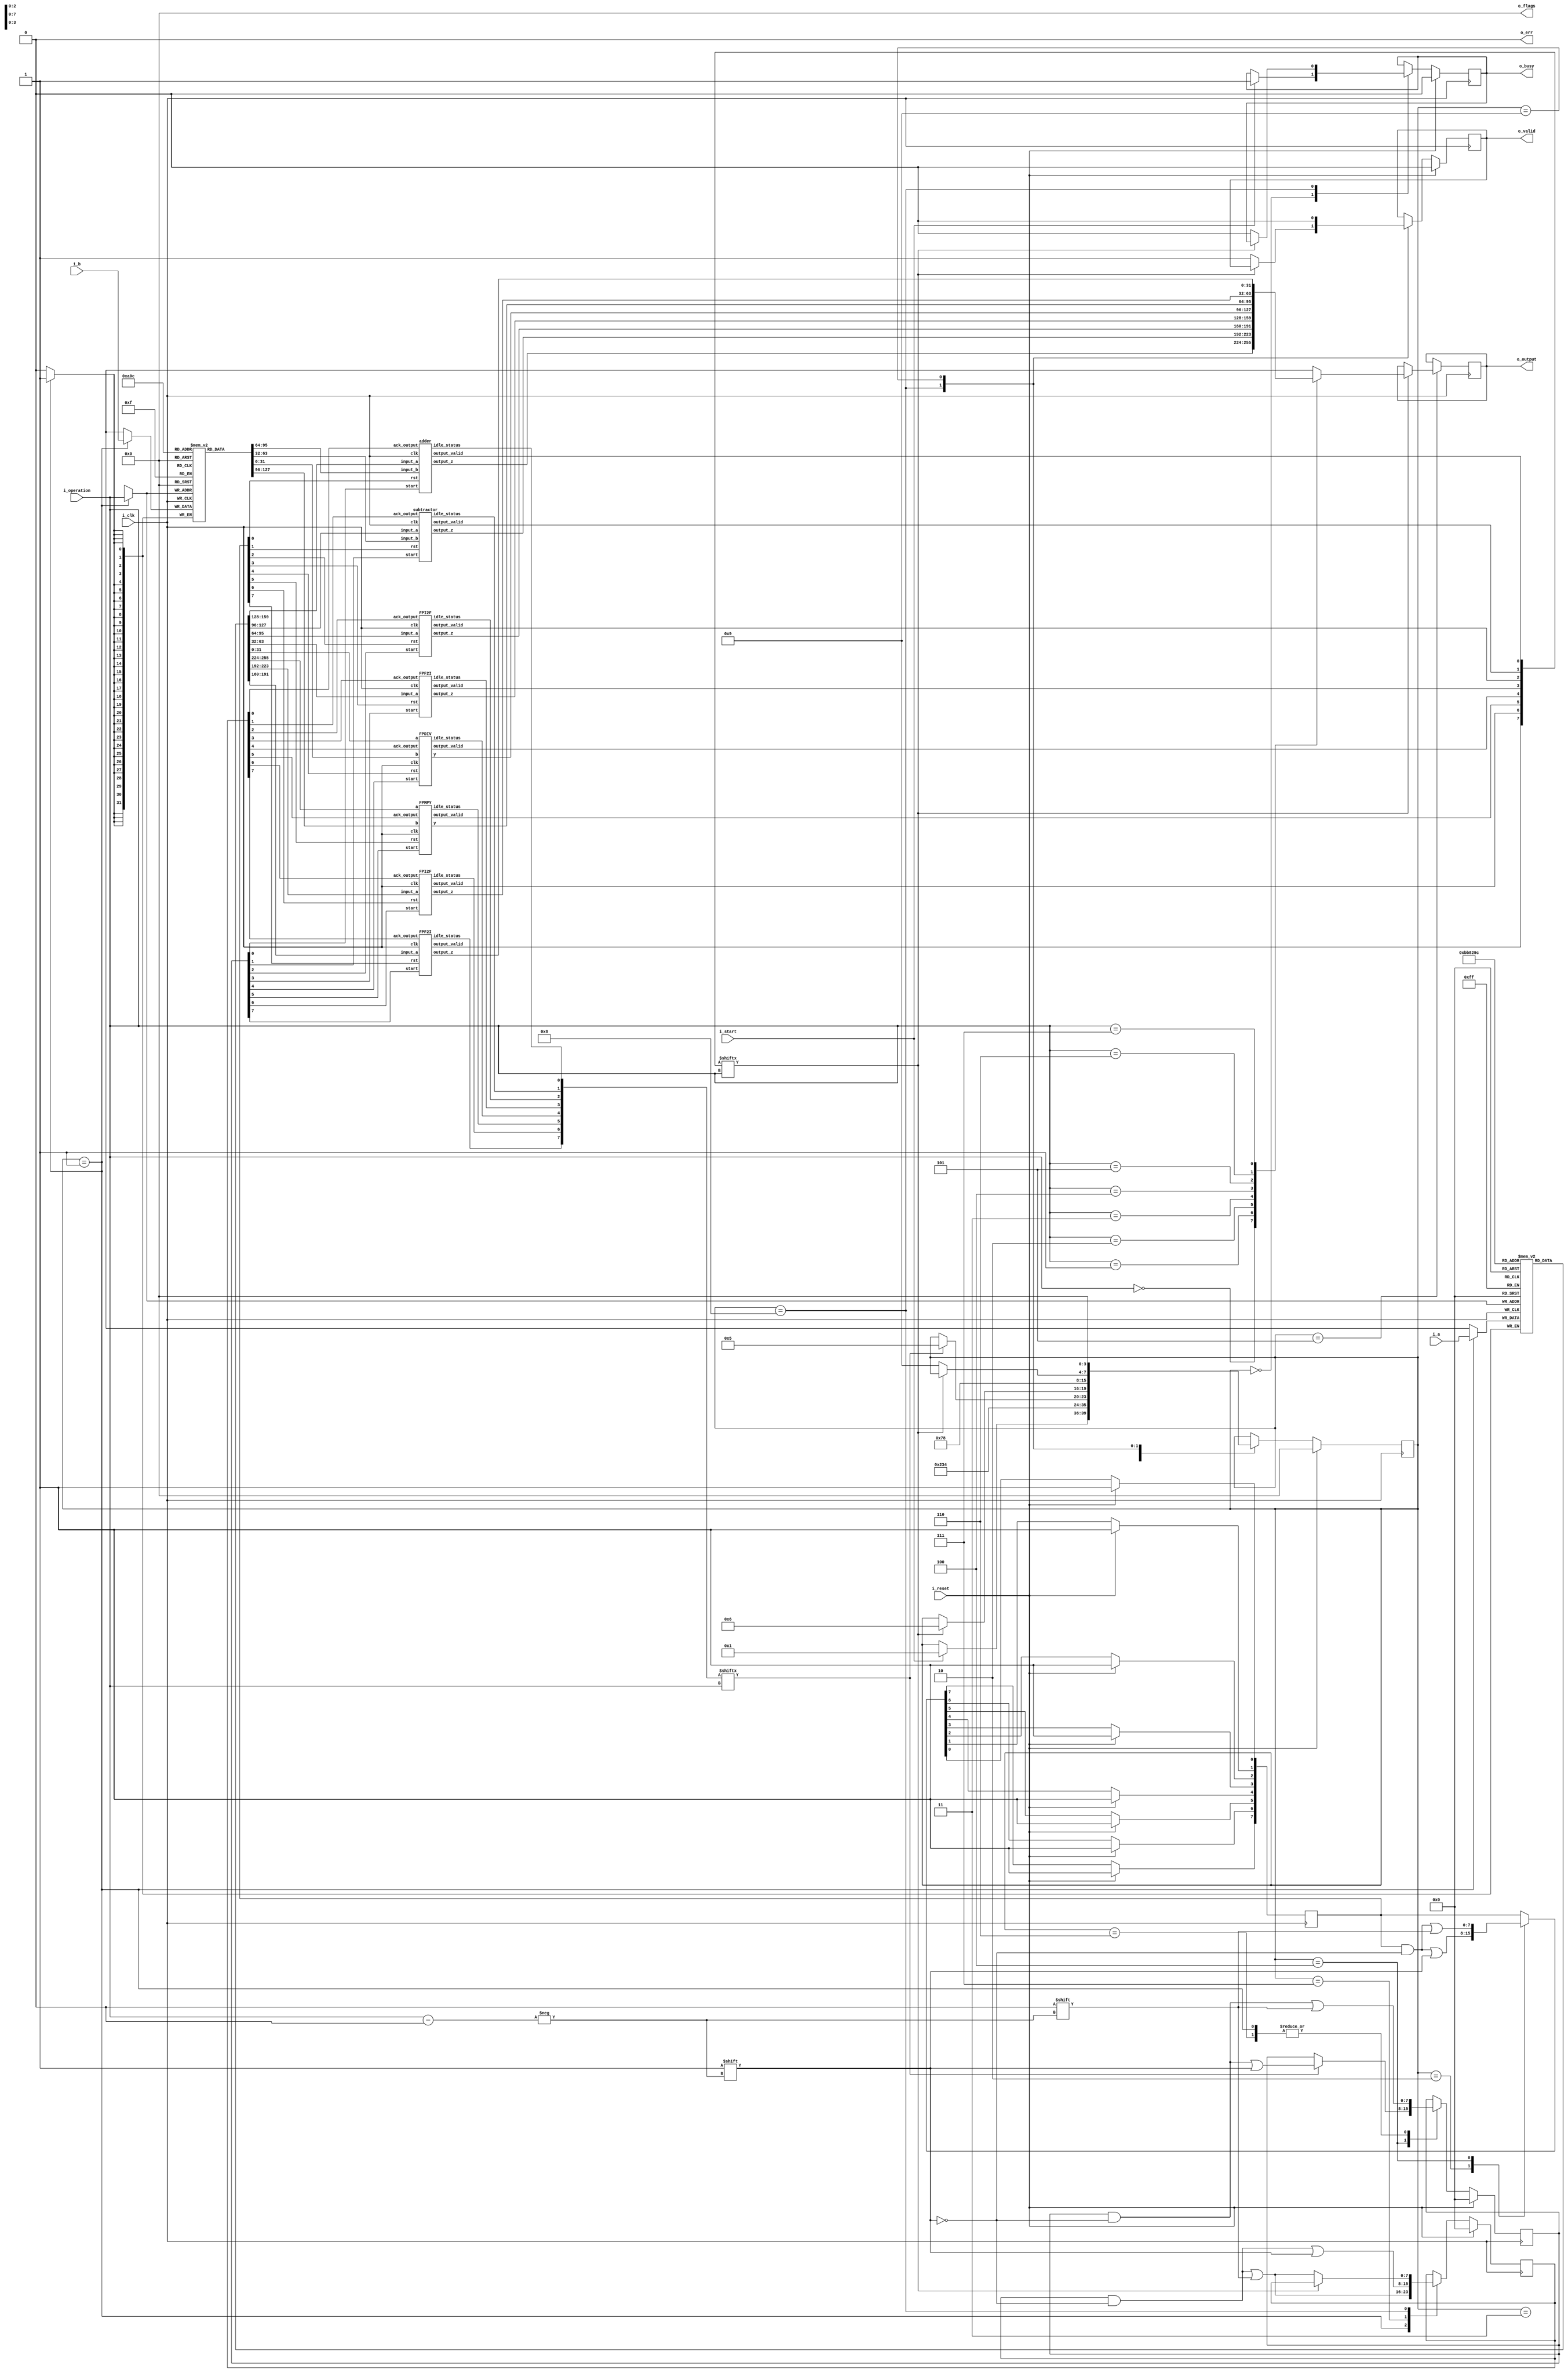
`timescale 1ns / 1ps
//////////////////////////////////////////////////////////////////////////////////
// Company: 
// Engineer: 
// 
// Design Name: 
// Module Name: fpu
// Project Name: 
// Target Devices: 
// Tool Versions: 
// Description: 
// 
// Dependencies: 
// 
// Revision:
// Revision 0.01 - File Created
// Additional Comments:
// 
//////////////////////////////////////////////////////////////////////////////////
module fpu(i_clk, i_reset, i_start, i_operation, i_a, i_b,
		o_busy, o_valid, o_err, o_output, o_flags);
	input	wire		i_clk, i_reset;
	// Input parameters
	input	wire		i_start;
	input   wire [2:0]        i_operation;
	input	wire [31:0]	i_a, i_b;
	
	// Output parameters
	output	reg		o_busy = 1'b0;
	output reg o_valid = 1'b0;
	output reg o_err = 1'b0;
	output	reg [31:0]	o_output = 32'd0;
	output	reg	[3:0]	o_flags = 4'd0;
	
	reg       [3:0] state = 4'd0;
    
    //assign o_state = state;
    parameter   idle          = 4'd0,
                set_inputs    = 4'd1,
                reset_module        = 4'd2,
                reset_module_2       = 4'd3,
                start_operation         = 4'd4,
                wait_completion         =4'd5,
                stop_operation          =4'd6,
                ack_result              =4'd7,
                set_output_ready_high   =4'd8,
                clear_output_valid      =4'd9,
                resettingReg            =4'd10;
                

	
	reg [31:0] modules_a [7:0];
	reg [31:0] modules_b [7:0];
	reg [7:0] modules_reset;
	reg [7:0] modules_start;
	reg [7:0] modules_ack;

	wire [31:0] w_modules_output[7:0];
	wire [7:0] w_modules_output_ready;
	wire [7:0] w_modules_idle;
	

	
    adder instantiation_name0(modules_a[0], modules_b[0],
        modules_start[0],
        modules_ack[0],
        i_clk,
        modules_reset[0],
        w_modules_output[0],
        w_modules_output_ready[0],
        w_modules_idle[0]);
    subtractor instantiation_name1(modules_a[1], modules_b[1],
        modules_start[1],
        modules_ack[1],
        i_clk,
        modules_reset[1],
        w_modules_output[1],
        w_modules_output_ready[1],
        w_modules_idle[1]);
    FPI2F instantiation_name2(modules_a[2],
        modules_start[2],
        modules_ack[2],
        i_clk,
        modules_reset[2],
        w_modules_output[2],
        w_modules_output_ready[2],
        w_modules_idle[2]);
    FPF2I instantiation_name3(modules_a[3],
        modules_start[3],
        modules_ack[3],
        i_clk,
        modules_reset[3],
        w_modules_output[3],
        w_modules_output_ready[3],
        w_modules_idle[3]);
   FPDIV instantiation_name4(modules_a[4], modules_b[4],
        modules_start[4],
        modules_ack[4],
        i_clk,
        modules_reset[4],
        w_modules_output[4],
        w_modules_output_ready[4],
        w_modules_idle[4]);
    FPMPY instantiation_name5(modules_a[5],modules_b[5],
        modules_start[5],
        modules_ack[5],
        i_clk,
        modules_reset[5],
        w_modules_output[5],
        w_modules_output_ready[5],
        w_modules_idle[5]);
    FPI2F instantiation_name6(modules_a[6],
        modules_start[6],
        modules_ack[6],
        i_clk,
        modules_reset[6],
        w_modules_output[6],
        w_modules_output_ready[6],
        w_modules_idle[6]);
    FPF2I instantiation_name7(modules_a[7],
        modules_start[7],
        modules_ack[7],
        i_clk,
        modules_reset[7],
        w_modules_output[7],
        w_modules_output_ready[7],
        w_modules_idle[7]);
        
	//State machine:
	reg [2:0] tempReg;
	always @(posedge i_clk)
    begin

        case(state)
            
            idle:
              begin
                if(i_start) begin //add s_input_a_ack also
                   
                   
                    o_busy <= 1'b1;
                    state <= set_inputs;
                end
            end
            set_inputs:
              begin
                    modules_a[i_operation] <= i_a;
                    modules_b[i_operation] <= i_b;
                    modules_start[i_operation] <= 1'b0;
                    modules_ack[i_operation] <= 1'b0;
                    state <= reset_module;
            end
            
            reset_module:
            begin
                modules_reset[i_operation] <= 1'b1;
                state <= reset_module_2;
            end
            reset_module_2:
            begin
                state <= start_operation;
            end
            start_operation:
            begin
                modules_reset[i_operation] <= 1'b0; //stop reset flag
                if(w_modules_idle[i_operation] == 1'b1) begin
                    modules_start[i_operation] <= 1'b1;
                    state <= wait_completion;
                end
            end
            wait_completion:
            begin
                if(w_modules_output_ready[i_operation] == 1'b1) begin
                    o_output <= w_modules_output[i_operation];
                    state <= stop_operation;
                end
                
            end
            stop_operation:
            begin
                modules_start[i_operation] <= 1'b0;
                
                state <= ack_result;
            end
            ack_result:
            begin
                modules_ack[i_operation] <= 1'b1;
                state <= set_output_ready_high;
            end
            set_output_ready_high:
            begin
                if(w_modules_output_ready[i_operation] == 1'b0) begin
                    modules_ack[i_operation] <= 1'b0;
                    o_busy <= 1'b0;
                    o_valid <= 1'b1;
                    state <= clear_output_valid;
                end
                
            end
            clear_output_valid:
            begin
                
               
                o_valid <= 1'b0;
                state <= idle;
                
            end
            default: begin
            end
        endcase
        if (i_reset == 1'b1) begin
          state <= idle;
          o_busy <= 1'b0;
          o_valid <= 1'b0;
          tempReg <= 3'd0;
          modules_reset[0] <= 1'b1;
          modules_reset[1] <= 1'b1;
          modules_reset[2] <= 1'b1;
          modules_reset[3] <= 1'b1;
          modules_reset[4] <= 1'b1;
          modules_reset[5] <= 1'b1;
          modules_reset[6] <= 1'b1;
          modules_reset[7] <= 1'b1;
          modules_start <= 8'd0;
          modules_ack <= 8'd0;
        end
    end
endmodule










module FPF2I(input_a, start, ack_output, clk, rst, output_z, output_valid, idle_status);

  input  wire   [31:0] input_a;
  input  wire   start;
  input   wire  ack_output;
  input   wire  clk;
  input   wire  rst;
  output  reg  [31:0] output_z;
  output  reg  output_valid;
  output reg   idle_status;


  

  parameter idle         = 3'd0,
            storeVals = 3'd1,
            zeroCheck        = 3'd2,
            shifting_operation       = 3'd3,
            setOutputValid         = 3'd4;
            
  reg       [2:0] state = 3'b000;
  reg [31:0] mantissa, input_a_reg;
  reg [8:0] exponent;
  reg sign_bit;
 
  always @(posedge clk)
  begin
    case(state)
      idle:
      begin
        idle_status <= 1;
        if (start == 1'd1) begin
          input_a_reg <= input_a;
          idle_status <= 0;
          state <= storeVals;
        end
      end
      storeVals:
      begin
        sign_bit <= input_a_reg[31];
        exponent <= input_a_reg[30 : 23] - 127;
        mantissa <= {1'b1, input_a_reg[22 : 0],8'd0};
        state <= zeroCheck;
      end
      zeroCheck:
      begin
        //If The exponent is zero (after addition of bias), then that means the integer is also equal to zero
        if (exponent == 9'b110000001) begin
          output_z <= 32'd0;
          state <= setOutputValid;
        end
        else begin
          state <= shifting_operation;
        end
      end
      shifting_operation:
      begin
        //Keep shifting mantissa right and incrementing exponent, till exponent >= 32, as that is how many bits the resulting int will have
        if ($signed(exponent) < 31 && (mantissa >= 1)) begin
          exponent <= exponent + 1;
          mantissa <= mantissa >> 1;
        end 
        //Else we are ready to set the output
        else begin
            //Check if output needs to be two's complemented based on the sign bit
            if(sign_bit == 1'b1) begin
                output_z <= ((~mantissa) + 1);
            end
            else begin
                output_z <= mantissa;
            end
            state <= setOutputValid;
        end
      end
      setOutputValid:
      begin
        output_valid <= 1;
        //If our output bit is properly propagated, and the user has ack'd our output, we reset the state machine
        if (output_valid == 1'd1 && ack_output == 1'd1) begin
          output_valid <= 0;
          state <= idle;
        end
      end
      //Default case due to verilator linter
      default: begin
      end
    endcase

    //If we receive a reset high, we reset state machine and reset our status outputs
    if (rst == 1) begin
      state <= idle;
      idle_status <= 0;
      output_valid <= 0;
    end
  end

endmodule






























module adder(input_a, input_b, start, ack_output, clk, rst, output_z, output_valid, idle_status);

input wire clk;
input wire rst;
input wire start;

input wire [31:0] input_a;
reg input_a_ack;

input wire [31:0] input_b;
reg input_b_ack;

output wire [31:0] output_z;
output reg idle_status;
output reg output_valid;
input wire ack_output;

reg [31:0] s_output_z;
reg s_input_a_ack;
reg s_input_b_ack;

reg [3:0] state   = 4'd0;

parameter idle           = 4'd0,
          get_a          = 4'd1,
          get_b          = 4'd2,
          unpack         = 4'd3,
          special_cases  = 4'd4,
          align          = 4'd5,
          add_0          = 4'd6,
          add_1          = 4'd7,
          normalise_1    = 4'd8,
          normalise_2    = 4'd9,
          round          = 4'd10,
          pack           = 4'd11,
          put_z          = 4'd12,
          setOutputValid = 4'd13;

reg [31:0] a, b, z;
reg [26:0] a_m, b_m;
reg [23:0] z_m;
reg [9:0] a_e, b_e, z_e;
reg a_s, b_s, z_s;
reg guard, round_bit, sticky;
reg [27:0] sum;

  always @(posedge clk)
  begin

    case(state)
    
      idle:
      begin
      idle_status <= 1'b1;
      if(start == 1'd1) begin
        idle_status <= 1'b0;
        state <= get_a;
        end
      end

      get_a:
      begin
        s_input_a_ack <= 1;
        if (s_input_a_ack) begin
          a <= input_a;
          s_input_a_ack <= 0;
          state <= get_b;
        end
      end

      get_b:
      begin
        s_input_b_ack <= 1;
        if (s_input_b_ack) begin
          b <= input_b;
          s_input_b_ack <= 0;
          state <= unpack;
        end
      end

      unpack:
      begin
        a_m <= {a[22 : 0], 3'd0};
        b_m <= {b[22 : 0], 3'd0};
        a_e <= a[30 : 23] - 127;
        b_e <= b[30 : 23] - 127;
        a_s <= a[31];
        b_s <= b[31];
        state <= special_cases;
      end

      special_cases:
      begin
        //if a is NaN or b is NaN return NaN 
        if ((a_e == 128 && a_m != 0) || (b_e == 128 && b_m != 0)) begin
          z[31] <= 1;
          z[30:23] <= 255;
          z[22] <= 1;
          z[21:0] <= 0;
          state <= put_z;
        //if a is inf return inf
        end
        else if (a_e == 128) begin
          z[31] <= a_s;
          z[30:23] <= 255;
          z[22:0] <= 0;
          //if a is inf and signs don't match return nan
          if ((b_e == 128) && (a_s != b_s)) begin
              z[31] <= b_s;
              z[30:23] <= 255;
              z[22] <= 1;
              z[21:0] <= 0;
          end
          state <= put_z;
        //if b is inf return inf
        end 
        else if (b_e == 128) begin
          z[31] <= b_s;
          z[30:23] <= 255;
          z[22:0] <= 0;
          state <= put_z;
        //if a is zero return b
        end 
        else if ((($signed(a_e) == -127) && (a_m == 0)) && (($signed(b_e) == -127) && (b_m == 0))) begin
          z[31] <= a_s & b_s;
          z[30:23] <= b_e[7:0] + 127;
          z[22:0] <= b_m[26:3];
          state <= put_z;
        //if a is zero return b
        end 
        else if (($signed(a_e) == -127) && (a_m == 0)) begin
          z[31] <= b_s;
          z[30:23] <= b_e[7:0] + 127;
          z[22:0] <= b_m[26:3];
          state <= put_z;
        //if b is zero return a
        end 
        else if (($signed(b_e) == -127) && (b_m == 0)) begin
          z[31] <= a_s;
          z[30:23] <= a_e[7:0] + 127;
          z[22:0] <= a_m[26:3];
          state <= put_z;
        end 
        else begin
          //Denormalised Number
          if ($signed(a_e) == -127) begin
            a_e <= -126;
          end 
          else begin
            a_m[26] <= 1;
          end
          //Denormalised Number
          if ($signed(b_e) == -127) begin
            b_e <= -126;
          end 
          else begin
            b_m[26] <= 1;
          end
          state <= align;
        end
      end

      align:
      begin
        if ($signed(a_e) > $signed(b_e)) begin
          b_e <= b_e + 1;
          b_m <= b_m >> 1;
          b_m[0] <= b_m[0] | b_m[1];
        end 
        else if ($signed(a_e) < $signed(b_e)) begin
          a_e <= a_e + 1;
          a_m <= a_m >> 1;
          a_m[0] <= a_m[0] | a_m[1];
        end 
        else begin
          state <= add_0;
        end
      end

      add_0:
      begin
        z_e <= a_e;
        if (a_s == b_s) begin
          sum <= a_m + b_m;
          z_s <= a_s;
        end 
        else begin
          if (a_m >= b_m) begin
            sum <= a_m - b_m;
            z_s <= a_s;
          end 
          else begin
            sum <= b_m - a_m;
            z_s <= b_s;
          end
        end
        state <= add_1;
      end

      add_1:
      begin
        if (sum[27]) begin
          z_m <= sum[27:4];
          guard <= sum[3];
          round_bit <= sum[2];
          sticky <= sum[1] | sum[0];
          z_e <= z_e + 1;
        end 
        else begin
          z_m <= sum[26:3];
          guard <= sum[2];
          round_bit <= sum[1];
          sticky <= sum[0];
        end
        state <= normalise_1;
      end

      normalise_1:
      begin
        if (z_m[23] == 0 && $signed(z_e) > -126) begin
          z_e <= z_e - 1;
          z_m <= z_m << 1;
          z_m[0] <= guard;
          guard <= round_bit;
          round_bit <= 0;
        end 
        else begin
          state <= normalise_2;
        end
      end

      normalise_2:
      begin
        if ($signed(z_e) < -126) begin
          z_e <= z_e + 1;
          z_m <= z_m >> 1;
          guard <= z_m[0];
          round_bit <= guard;
          sticky <= sticky | round_bit;
        end 
        else begin
          state <= round;
        end
      end

      round:
      begin
        if (guard && (round_bit | sticky | z_m[0])) begin
          z_m <= z_m + 1;
          if (z_m == 24'hffffff) begin
            z_e <=z_e + 1;
          end
        end
        state <= pack;
      end

      pack:
      begin
        z[22 : 0] <= z_m[22:0];
        z[30 : 23] <= z_e[7:0] + 127;
        z[31] <= z_s;
        if ($signed(z_e) == -126 && z_m[23] == 0) begin
          z[30 : 23] <= 0;
        end
        if ($signed(z_e) == -126 && z_m[23:0] == 24'h0) begin
          z[31] <= 1'b0; // FIX SIGN BUG: -a + a = +0.
        end
        //if overflow occurs, return inf
        if ($signed(z_e) > 127) begin
          z[22 : 0] <= 0;
          z[30 : 23] <= 255;
          z[31] <= z_s;
        end
        state <= put_z;
      end

      put_z:
      begin
        s_output_z <= z;
          state <= setOutputValid;
      end
      
      setOutputValid:
      begin
      output_valid <= 1;
        if (output_valid == 1'd1 && ack_output == 1'd1) begin
          output_valid <= 0;
          state <= idle;
        end

      end

    endcase

    if (rst == 1) begin
      state <= idle;
      idle_status <= 0;
      output_valid <= 0;
      s_output_z <= 0;
    end

  end
//  assign input_a_ack = s_input_a_ack;
//  assign input_b_ack = s_input_b_ack;
  assign output_z = s_output_z;

endmodule



module subtractor(input_a, input_b, start, ack_output, clk, rst, output_z, output_valid, idle_status);

input wire clk;
input wire rst;
input wire start;

input wire [31:0] input_a;
reg input_a_ack;

input wire [31:0] input_b;
reg input_b_ack;

output wire [31:0] output_z;
output reg idle_status;
output reg output_valid;
input wire ack_output;

reg [31:0] s_output_z;
reg s_input_a_ack;
reg s_input_b_ack;

reg [3:0] state   = 4'd0;

parameter idle           = 4'd0,
          get_a          = 4'd1,
          get_b          = 4'd2,
          unpack         = 4'd3,
          special_cases  = 4'd4,
          align          = 4'd5,
          add_0          = 4'd6,
          add_1          = 4'd7,
          normalise_1    = 4'd8,
          normalise_2    = 4'd9,
          round          = 4'd10,
          pack           = 4'd11,
          put_z          = 4'd12,
          setOutputValid = 4'd13;

reg [31:0] a, b, z;
reg [26:0] a_m, b_m;
reg [23:0] z_m;
reg [9:0] a_e, b_e, z_e;
reg a_s, b_s, z_s;
reg guard, round_bit, sticky;
reg [27:0] sum;

  always @(posedge clk)
  begin

    case(state)
    
      idle:
      begin
      idle_status <= 1'b1;
      if(start == 1'd1) begin
        idle_status <= 1'b0;
        state <= get_a;
        end
      end

      get_a:
      begin
        s_input_a_ack <= 1;
        if (s_input_a_ack) begin
          a <= input_a;
          s_input_a_ack <= 0;
          state <= get_b;
        end
      end

      get_b:
      begin
        s_input_b_ack <= 1;
        if (s_input_b_ack) begin
          b <= input_b;
          s_input_b_ack <= 0;
          state <= unpack;
        end
      end

      unpack:
      begin
        a_m <= {a[22 : 0], 3'd0};
        b_m <= {b[22 : 0], 3'd0};
        a_e <= a[30 : 23] - 127;
        b_e <= b[30 : 23] - 127;
        a_s <= a[31];
        b_s <= b[31];
        state <= special_cases;
      end

      special_cases:
      begin
        //if a is NaN or b is NaN return NaN 
        if ((a_e == 128 && a_m != 0) || (b_e == 128 && b_m != 0)) begin
          z[31] <= 1;
          z[30:23] <= 255;
          z[22] <= 1;
          z[21:0] <= 0;
          state <= put_z;
        //if a is inf return inf
        end
        else if (a_e == 128) begin
          z[31] <= a_s;
          z[30:23] <= 255;
          z[22:0] <= 0;
          //if a is inf and signs don't match return nan
          if ((b_e == 128) && (a_s != b_s)) begin
              z[31] <= b_s;
              z[30:23] <= 255;
              z[22] <= 1;
              z[21:0] <= 0;
          end
          state <= put_z;
        //if b is inf return -inf
        end 
        else if (b_e == 128) begin
          z[31] <= 1'b1; // sign = 1 for negative infinity
          z[30:23] <= 255;
          z[22:0] <= 0;
          state <= put_z;
        //if a is zero return -b
        end 
        else if ((($signed(a_e) == -127) && (a_m == 0)) && (($signed(b_e) == -127) && (b_m == 0))) begin
          z[31] <= ~(a_s & b_s);
          z[30:23] <= b_e[7:0] + 127;
          z[22:0] <= b_m[26:3];
          state <= put_z;
        //if a is zero return b
        end 
        else if (($signed(a_e) == -127) && (a_m == 0)) begin
          z[31] <= ~b_s;
          z[30:23] <= b_e[7:0] + 127;
          z[22:0] <= b_m[26:3];
          state <= put_z;
        //if b is zero return a
        end 
        else if (($signed(b_e) == -127) && (b_m == 0)) begin
          z[31] <= a_s;
          z[30:23] <= a_e[7:0] + 127;
          z[22:0] <= a_m[26:3];
          state <= put_z;
        end 
        else begin
          //Denormalised Number
          if ($signed(a_e) == -127) begin
            a_e <= -126;
          end 
          else begin
            a_m[26] <= 1;
          end
          //Denormalised Number
          if ($signed(b_e) == -127) begin
            b_e <= -126;
          end 
          else begin
            b_m[26] <= 1;
          end
          state <= align;
        end
      end

      align:
      begin
        if ($signed(a_e) > $signed(b_e)) begin
          b_e <= b_e + 1;
          b_m <= b_m >> 1;
          b_m[0] <= b_m[0] | b_m[1];
        end 
        else if ($signed(a_e) < $signed(b_e)) begin
          a_e <= a_e + 1;
          a_m <= a_m >> 1;
          a_m[0] <= a_m[0] | a_m[1];
        end 
        else begin
          state <= add_0;
        end
      end

      add_0:
      begin
        z_e <= a_e;
        if (a_s == b_s) begin
          sum <= a_m - b_m;
          z_s <= a_s;
        end 
        else begin
          if (a_m >= b_m) begin
            sum <= a_m - b_m;
            z_s <= a_s;
          end 
          else begin
            sum <= b_m - a_m;
            z_s <= b_s;
          end
        end
        state <= add_1;
      end

      add_1:
      begin
        if (sum[27]) begin
          z_m <= sum[27:4];
          guard <= sum[3];
          round_bit <= sum[2];
          sticky <= sum[1] | sum[0];
          z_e <= z_e + 1;
        end 
        else begin
          z_m <= sum[26:3];
          guard <= sum[2];
          round_bit <= sum[1];
          sticky <= sum[0];
        end
        state <= normalise_1;
      end

      normalise_1:
      begin
        if (z_m[23] == 0 && $signed(z_e) > -126) begin
          z_e <= z_e - 1;
          z_m <= z_m << 1;
          z_m[0] <= guard;
          guard <= round_bit;
          round_bit <= 0;
        end 
        else begin
          state <= normalise_2;
        end
      end

      normalise_2:
      begin
        if ($signed(z_e) < -126) begin
          z_e <= z_e + 1;
          z_m <= z_m >> 1;
          guard <= z_m[0];
          round_bit <= guard;
          sticky <= sticky | round_bit;
        end 
        else begin
          state <= round;
        end
      end

      round:
      begin
        if (guard && (round_bit | sticky | z_m[0])) begin
          z_m <= z_m + 1;
          if (z_m == 24'hffffff) begin
            z_e <=z_e + 1;
          end
        end
        state <= pack;
      end

      pack:
      begin
        z[22 : 0] <= z_m[22:0];
        z[30 : 23] <= z_e[7:0] + 127;
        z[31] <= z_s;
        if ($signed(z_e) == -126 && z_m[23] == 0) begin
          z[30 : 23] <= 0;
        end
        if ($signed(z_e) == -126 && z_m[23:0] == 24'h0) begin
          z[31] <= 1'b0; // FIX SIGN BUG: -a + a = +0.
        end
        //if overflow occurs, return inf
        if ($signed(z_e) > 127) begin
          z[22 : 0] <= 0;
          z[30 : 23] <= 255;
          z[31] <= z_s;
        end
        state <= put_z;
      end

      put_z:
      begin
        s_output_z <= z;
          state <= setOutputValid;
      end
      
      setOutputValid:
      begin
      output_valid <= 1;
        if (output_valid == 1'd1 && ack_output == 1'd1) begin
          output_valid <= 0;
          state <= idle;
        end

      end

    endcase

    if (rst == 1) begin
      state <= idle;
      idle_status <= 0;
      output_valid <= 0;
      s_output_z <= 0;
    end

  end
//  assign input_a_ack = s_input_a_ack;
//  assign input_b_ack = s_input_b_ack;
  assign output_z = s_output_z;

endmodule



module FPI2F(input_a, start, ack_output, clk, rst, output_z, output_valid, idle_status);

  input  wire   [31:0] input_a;
  input  wire   start;
  input   wire  ack_output;
  input   wire  clk;
  input   wire  rst;
  output  reg  [31:0] output_z;
  output  reg  output_valid;
  output reg   idle_status;

 
  parameter idle        = 3'd0,
            zeroCheck   = 3'd1,
            storeVals   = 3'd2,
            normalizeAndStoreRoundBits    = 3'd3,
            round      = 3'd4,
            setOutput      = 3'd5,
            setOutputValid      = 3'd6;
  
  reg       [2:0] state = 3'b000;
  reg [31:0] input_a_reg, absolute_value_a;
  reg [23:0] mantissa;
  reg [7:0] roundingBits;
  reg guard, round_bit, sticky;
  reg [7:0] exponent;
  reg sign;

  always @(posedge clk)
  begin
    case(state)
      idle:
      begin
        idle_status <= 1;
        if (start == 1'd1) begin
          input_a_reg <= input_a;
          idle_status <= 0;
          state <= zeroCheck;
        end
      end
      zeroCheck:
      begin
        //If our input val is 0, we simply just set all bits of output to zero
        if ( input_a_reg == 32'd0 ) begin
          output_z <= 32'd0;
          state <= setOutputValid;
        end 
        else begin
          //Basically just storing absolute value of the input a
          absolute_value_a <= input_a_reg[31] ? -input_a_reg : input_a_reg;
          sign <= input_a_reg[31];
          state <= storeVals;
        end
      end

      storeVals:
      begin
        mantissa <= absolute_value_a[31:8];
        roundingBits <= absolute_value_a[7:0];
        exponent <= 31;
        state <= normalizeAndStoreRoundBits;
      end

      normalizeAndStoreRoundBits:
      begin
        //Normalize the mantissa by shifting it left till a 1 reaches the MSB
        if (mantissa[23] == 1'b0) begin
          mantissa <= mantissa << 1;
          exponent <= exponent - 1;
          mantissa[0] <= roundingBits[7];
          roundingBits <= roundingBits << 1;
        end else begin
          //'round status' bits for rounding in next state
          round_bit <= roundingBits[6];
          guard <= roundingBits[7];
          sticky <= roundingBits[5:0] != 0;
          state <= round;
        end
      end
      round:
      begin
        //If the guard and any of the other 'round status' bits are set, we perform a round operation on the mantissa
        if (guard && (round_bit || sticky || mantissa[0])) begin
          mantissa <= mantissa + 1;
          //If there is a max val reached, we increment the exponent
          if (mantissa == 24'hffffff) begin
            exponent <=exponent + 1;
          end
        end
        state <= setOutput;
      end
      setOutput:
      begin
        //Remove bias from exponent before storing in output
        output_z[30 : 23] <= exponent + 127;
        output_z[22 : 0] <= mantissa[22:0];
        output_z[31] <= sign;
        state <= setOutputValid;
      end
      setOutputValid:
      begin
        output_valid <= 1;
        if (output_valid && ack_output) begin
          output_valid <= 0;
          state <= idle;
        end
      end
    endcase
    //Reset procedure
    if (rst == 1) begin
      state <= idle;
      idle_status <= 0;
      output_valid <= 0;
    end
  end
endmodule












module FPDIV(input [31:0]a,
                       input [31:0]b,
                       input start,
                       input ack_output,                                          
                       input clk,
                       input rst,
                       output reg[31:0]y,
                       output reg output_valid,//1 for busy, 0 for ready
                       output reg idle_status,
                       output [24:0]div,
                       output [47:0]a_o);
//y=a/b
reg [3:0] states;

parameter verify_a =4'd0,
          verify_b =4'd1,
          seperate =4'd2,
          special_cases = 4'd3,
          normalise_a =4'd4,
          normalise_b =4'd5,
          div_0 =4'd6,
          div_1 =4'd7,
          normalise_1 =4'd8,
          normalise_2 =4'd9,
          round =4'd10,
          put_together =4'd11,
          outputz =4'd12,
          setOutputValid=4'd13;
// temporary storage for in always loop
reg [31:0] a_t,b_t,z_t;          
reg [47:0] a_m;
reg [23:0] b_m;
reg [23:0] z_m;
//so we can check for overflow
// highest number for overflow would be 127+255
//underflow would be 0 -127 - 127
reg [7:0] a_e,b_e;
reg [8:0] z_e;
reg a_s,b_s,z_s;
reg [31:0] z;
reg [23:0]div_result;

always @ (posedge clk)
begin

    begin
        //dividing starts
        case(states)
            verify_a:
          begin
          idle_status <= 1;
          if (idle_status == 1'd1 && start == 1'd1) begin
              idle_status <= 0;
              a_t <= a;
              states <= verify_b;
              end
              a_t[31:0] <= a[31:0];
              states<=verify_b;
          end
    
         verify_b:
          begin
              b_t[31:0] <= b[31:0];
              states <= seperate;
          end
         seperate:
          begin
          //pad leading zeroes of divdend 
            a_m <= {1'b1,a_t[22:0]}<<24;
 
          //pad a leading zero and pad the rest for trailing zerosof divdend   
            b_m <= {1'b1,b_t[22 :0]};
            a_e <= a_t[30 : 23];
            b_e <= b_t[30 : 23];
            a_s <= a_t[31];
            b_s <= b_t[31];
            states <= special_cases;
          end
        special_cases:
        begin
             //if a is NaN or b is NaN return NaN 
            if ((a_e == 128 && a_m != 0) || (b_e == 128 && b_m != 0)) begin
              z_t[31] <= 1;
              z_t[30:23] <= 255;
              z_t[22] <= 1;
              z_t[21:0] <= 0;
              states <= outputz;
            //if a is inf return inf
            end 
            else if (a_e == 128) begin
              z_t[31] <= a_s ^ b_s;
              z_t[30:23] <= 255;
              z_t[22:0] <= 0;
              
              //if b is zero return NaN
              if (($signed(b_e) == -127) && (b_m == 0)) begin
                z_t[31] <= 1;
                z_t[30:23] <= 255;
                z_t[22] <= 1;
                z_t[21:0] <= 0;
              end
              states <= outputz;
            //if b is inf  and a is a number return 0
             end
             else if (b_e == 128) begin
              
                z_t[31] <= 0;
                z_t[30:23] <= 0;
                z_t[22] <= 0;
                z_t[21:0] <= 0;
              //if b is zero return NaN
              if (($signed(a_e) == -127) && (a_m == 0)) begin
                 z_t[31] <= a_s ^ b_s;
                 z_t[30:23] <= 255;
                 z_t[22:0] <= 0;
               
              end
              states <= outputz;
            //if a is zero return zero
            end 
            else if (($signed(a_e) == -127) && (a_m == 0)) begin
              z_t[31] <= a_s ^ b_s;
              z_t[30:23] <= 0;
              z_t[22:0] <= 0;
              states <= outputz;
            //if b is zero return 
            end
             else if (($signed(b_e) == -127) && (b_m == 0)) begin
             z_t[31] <= a_s ^ b_s;
              z_t[30:23] <= 0;
              z_t[22:0] <= 0;
              states <= outputz;
            end 
            else begin
              states <= div_0;
            end
          end   
          div_0:
          begin
            z_s <= a_s ^ b_s;
            // (n_a-127)-(n_b-127+127) so that you only get the portion you want to subtract
            // might need to check if it is the case where a_e<b_e
            
            //if value becomes huge which worst case would be
            //1.0000/1.0
            if((a_m>>24)<=b_m)
            begin
                
                //48 bits long with the 0's for padding now divide and add 1
               
               z_e <= a_e - b_e + 126;
            end
            else //if the m1<m2 now we need to decrement the exponent
            begin
             
              z_e <= a_e - b_e + 127;
            end
            
            states <= div_1;
          end
    
          div_1:
          begin
          if((a_m[23:0]>>24)<=b_m)
            begin
            div_result<=(a_m/b_m);
            end
          else
          begin
          div_result<=(a_m&(48'hFFFFFE000000)/b_m)+1'b1;
          end
            states <= normalise_1;
          end
          normalise_1:
          begin
            
              states <= put_together;
            
          end
        
          put_together:
          begin
            z_t[22 : 0] <= div_result[22:0];
            z_t[30 : 23] <= z_e[7:0];
            z_t[31] <= z_s;
           
            //if overflow occurs, return inf
            if (z_e > 254) begin
              z_t[22 : 0] <= 0;
              z_t[30 : 23] <= 2047;
              z_t[31] <= z_s;
            end
            states <= outputz;
          end
         outputz:
          begin
            z <= z_t;
            y <=z_t;
            output_valid <= 1;
            states <= setOutputValid;
          end  

         setOutputValid:
         begin
          output_valid <= 1;
           if (output_valid == 1'd1 && ack_output == 1'd1) begin
                output_valid <= 0;
          states <= verify_a;
        end

         end
         default:
          begin
          states <= verify_a;
          end
        endcase
      if (rst == 1) begin
          states <= verify_a;
          idle_status <= 0;
          output_valid <= 0;
       end
    end
    
end
assign div=div_result;
assign a_o=a_m;
endmodule



module 
FPMPY(         input [31:0]a,
                       input [31:0]b,
                       input start,
                       input ack_output,                                          
                       input clk,
                       input rst,
                       output reg[31:0]y,
                       output reg output_valid,//1 for busy, 0 for ready
                       output reg idle_status);
                  
reg [3:0] states;

parameter verify_a =4'd0,
          verify_b =4'd1,
          separate =4'd2,
          special_cases = 4'd3,
          normalise_a =4'd4,
          normalise_b =4'd5,
          multiply_0 =4'd6,
          multiply_1 =4'd7,
          normalise_1 =4'd8,
          normalise_2 =4'd9,
          round =4'd10,
          put_together =4'd11,
          outputz =4'd12,
          setOutputValid=4'd13;
reg [47:0]product;
//holding all of a b z while in the always block
reg       [31:0] a_t, b_t, z_t;
//mantissa of a b and z
reg       [23:0] a_m, b_m, z_m;
//exponent of a,b, and z
reg       [9:0] a_e, b_e, z_e;
//sign of a,b, and z
reg       a_s, b_s, z_s;
reg [31:0] z;
reg       guard, round_bit, sticky;
initial begin
states=0;
end

always @(posedge clk)
begin
    case(states)
     verify_a:
          begin
              idle_status <= 1;
              if (idle_status == 1'd1 && start == 1'd1) begin
                  idle_status <= 0;
                  a_t <= a;
                  states <= verify_b;
                  end
          end

     verify_b:
      begin
          b_t <= b;
          states <= separate;
      end
     separate:
      begin
        a_m <= a_t[22 : 0];
        b_m <= b_t[22 : 0];
        a_e <= a_t[30 : 23] - 127;
        b_e <= b_t[30 : 23] - 127;
        a_s <= a_t[31];
        b_s <= b_t[31];
        states <= special_cases;
      end
    special_cases:
    begin
         //if a is NaN or b is NaN return NaN 
        if ((a_e == 128 && a_m != 0) || (b_e == 128 && b_m != 0)) begin
          z_t[31] <= 1;
          z_t[30:23] <= 255;
          z_t[22] <= 1;
          z_t[21:0] <= 0;
          states <= outputz;
        //if a is inf return inf
        end else if (a_e == 128) begin
          z_t[31] <= a_s ^ b_s;
          z_t[30:23] <= 255;
          z_t[22:0] <= 0;
          
          //if b is zero return NaN
          if (($signed(b_e) == -127) && (b_m == 0)) begin
            z_t[31] <= 1;
            z_t[30:23] <= 255;
            z_t[22] <= 1;
            z_t[21:0] <= 0;
            
          end
          states <= outputz;
        //if b is inf return inf
         end
         else if (b_e == 128) begin
          z_t[31] <= a_s ^ b_s;
          z_t[30:23] <= 255;
          z_t[22:0] <= 0;
          //if b is zero return NaN
          if (($signed(a_e) == -127) && (a_m == 0)) begin
           z_t[31] <= 1;
            z_t[30:23] <= 255;
            z_t[22] <= 1;
            z_t[21:0] <= 0;
           
          end
          states <= outputz;
        //if a is zero return zero
        end 
        else if (($signed(a_e) == -127) && (a_m == 0)) begin
          z_t[31] <= a_s ^ b_s;
          z_t[30:23] <= 0;
          z_t[22:0] <= 0;
          states <= outputz;
        //if b is zero return zero
        end
         else if (($signed(b_e) == -127) && (b_m == 0)) begin
         z_t[31] <= a_s ^ b_s;
          z_t[30:23] <= 0;
          z_t[22:0] <= 0;
          states <= outputz;
        end 
        else begin
          //Denormalised Number
          if ($signed(a_e) == -127) begin
            a_e <= -126;
          end else begin
            a_m[23] <= 1;
          end
          //Denormalised Number
          if ($signed(b_e) == -127) begin
            b_e <= -126;
          end else begin
            b_m[23] <= 1;
          end
          states <= normalise_a;
        end
      end   
   
    normalise_a:
      begin
        if (a_m[23]) begin
          states <= normalise_b;
        end else begin
          a_m <= a_m << 1;
          a_e <= a_e - 1;
        end
      end

      normalise_b:
      begin
        if (b_m[23]) begin
          states <= multiply_0;
        end else begin
          b_m <= b_m << 1;
          b_e <= b_e - 1;
        end
      end
      multiply_0:
      begin
        z_s <= a_s ^ b_s;
        z_e <= a_e + b_e + 1;
        product <= a_m * b_m;
        states <= multiply_1;
      end

      multiply_1:
      begin
        z_m <= product[47:24];
        guard <= product[23];
        round_bit <= product[22];
        sticky <= (product[21:0] != 0);
        states <= normalise_1;
      end
      normalise_1:
      begin
        if (z_m[23] == 0) begin
          z_e <= z_e - 1;
          z_m <= z_m << 1;
          z_m[0] <= guard;
          guard <= round_bit;
          round_bit <= 0;
        end else begin
          states <= normalise_2;
        end
      end

      normalise_2:
      begin
        if ($signed(z_e) < -126) begin
          z_e <= z_e + 1;
          z_m <= z_m >> 1;
          guard <= z_m[0];
          round_bit <= guard;
          sticky <= sticky | round_bit;
        end else begin
          states <= round;
        end
      end
      round:
      begin
        if (guard && (round_bit | sticky | z_m[0])) begin
          z_m <= z_m + 1;
          if (z_m == 24'hffffff) begin
            z_e <=z_e + 1;
          end
        end
        states <= put_together;
      end
      
      put_together:
     begin
        z_t[22 : 0] <= z_m[22:0];
        z_t[30 : 23] <= z_e[7:0] + 127;
        z_t[31] <= z_s;
        if ($signed(z_e) == -126 && z_m[23] == 0) begin
          z_t[30 : 23] <= 0;
        end
        //if overflow occurs, return inf
        if ($signed(z_e) > 127) begin
          z_t[22 : 0] <= 0;
          z_t[30 : 23] <= 2047;
          z_t[31] <= z_s;
        end
        states <= outputz;
      end
     outputz:
      begin
        z <= z_t;
        y <= z_t;
        states <= setOutputValid;
      end  
      setOutputValid:
         begin
          output_valid <= 1;
           if (output_valid == 1'd1 && ack_output == 1'd1) begin
              output_valid <= 0;
              states <= verify_a;
          end
      end
      default:states<=verify_a;
    endcase
    if (rst == 1) begin
          states <= verify_a;
          idle_status <= 0;
          output_valid <= 0;
       end

end

endmodule